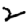
Digit: 2